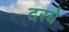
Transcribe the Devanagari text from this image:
दरबे